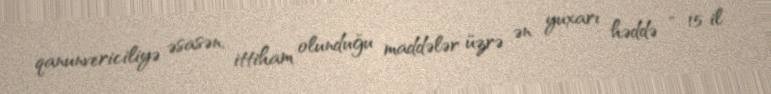
qanunvericiliyə əsasən, ittiham olunduğu maddələr üzrə ən yuxarı həddə - 15 il